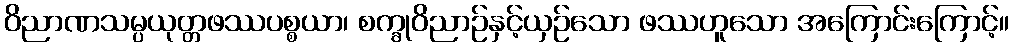
ဝိညာဏသမ္ပယုတ္တဖဿပစ္စယာ၊ စက္ခုဝိညာဉ်နှင့်ယှဉ်သော ဖဿဟူသော အကြောင်းကြောင့်။